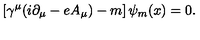
\left[ \gamma ^ { \mu } ( i \partial _ { \mu } - e A _ { \mu } ) - m \right] \psi _ { m } ( x ) = 0 .